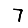
Digit: 7